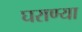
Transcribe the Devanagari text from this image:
घराण्या